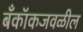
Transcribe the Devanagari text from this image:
बँकॉकजवळील